Madras plague regulations and rules - Volume 2
Disease focus: Plague
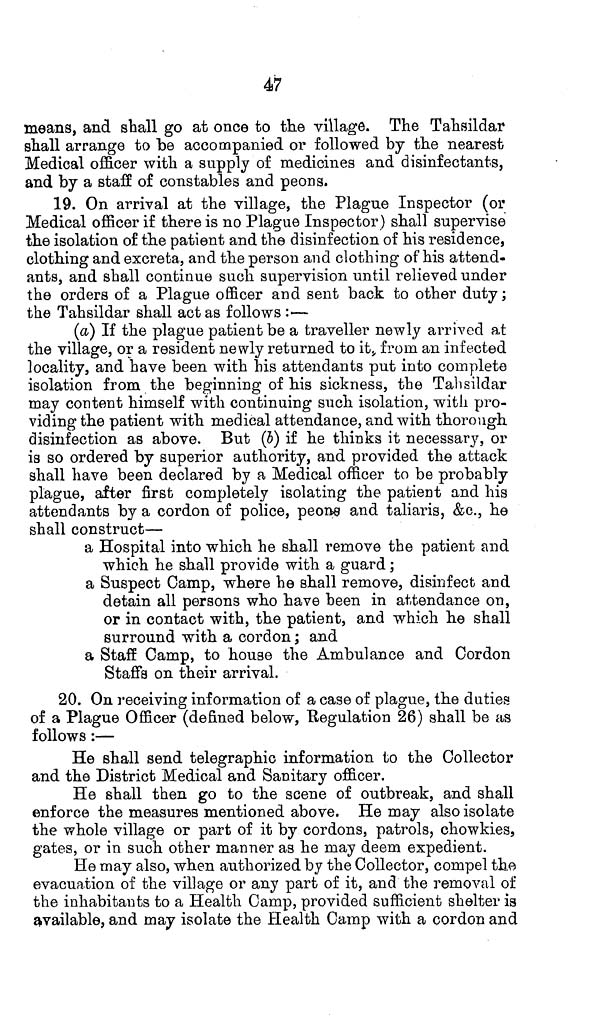
47
means, and shall go at once to the village. The Tahsildar
shall arrange to be accompanied or followed by the nearest
Medical officer with a supply of medicines and disinfectants,
and by a staff of constables and peons.
19. On arrival at the village, the Plague Inspector (or
Medical officer if there is no Plague Inspector) shall supervise
the isolation of the patient and the disinfection of his residence,
clothing and excreta, and the person and clothing of his attend-
ants, and shall continue such supervision until relieved under
the orders of a Plague officer and sent back to other duty;
the Tahsildar shall act as follows :—
(a) If the plague patient be a traveller newly arrived at
the village, or a resident newly returned to it, from an infected
locality, and have been with his attendants put into complete
isolation from the beginning of his sickness, the Tahsildar
may content himself with continuing such isolation, with pro-
viding the patient with medical attendance, and with thorough
disinfection as above. But (b) if he thinks it necessary, or
is so ordered by superior authority, and provided the attack
shall have been declared by a Medical officer to be probably
plague, after first completely isolating the patient and his
attendants by a cordon of police, peons and taliaris, &c., he
shall construct—
a Hospital into which he shall remove the patient and
which he shall provide with a guard;
a Suspect Camp, where he shall remove, disinfect and
detain all persons who have been in attendance on,
or in contact with, the patient, and which he shall
surround with a cordon; and
a Staff Camp, to house the Ambulance and Cordon
Staffs on their arrival.
20. On receiving information of a case of plague, the duties
of a Plague Officer (defined below, Regulation 26) shall be as
follows:—
He shall send telegraphic information to the Collector
and the District Medical and Sanitary officer.
He shall then go to the scene of outbreak, and shall
enforce the measures mentioned above. He may also isolate
the whole village or part of it by cordons, patrols, chowkies,
gates, or in such other manner as he may deem expedient.
He may also, when authorized by the Collector, compel the
evacuation of the village or any part of it, and the removal of
the inhabitants to a Health Camp, provided sufficient shelter is
available, and may isolate the Health Camp with a cordon and